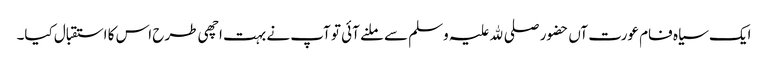
ایک سیاہ فام عورت آں حضور صلی ﷲ علیہ وسلم سے ملنے آئی تو آپ نے بہت اچھی طرح اس کا استقبال کیا۔